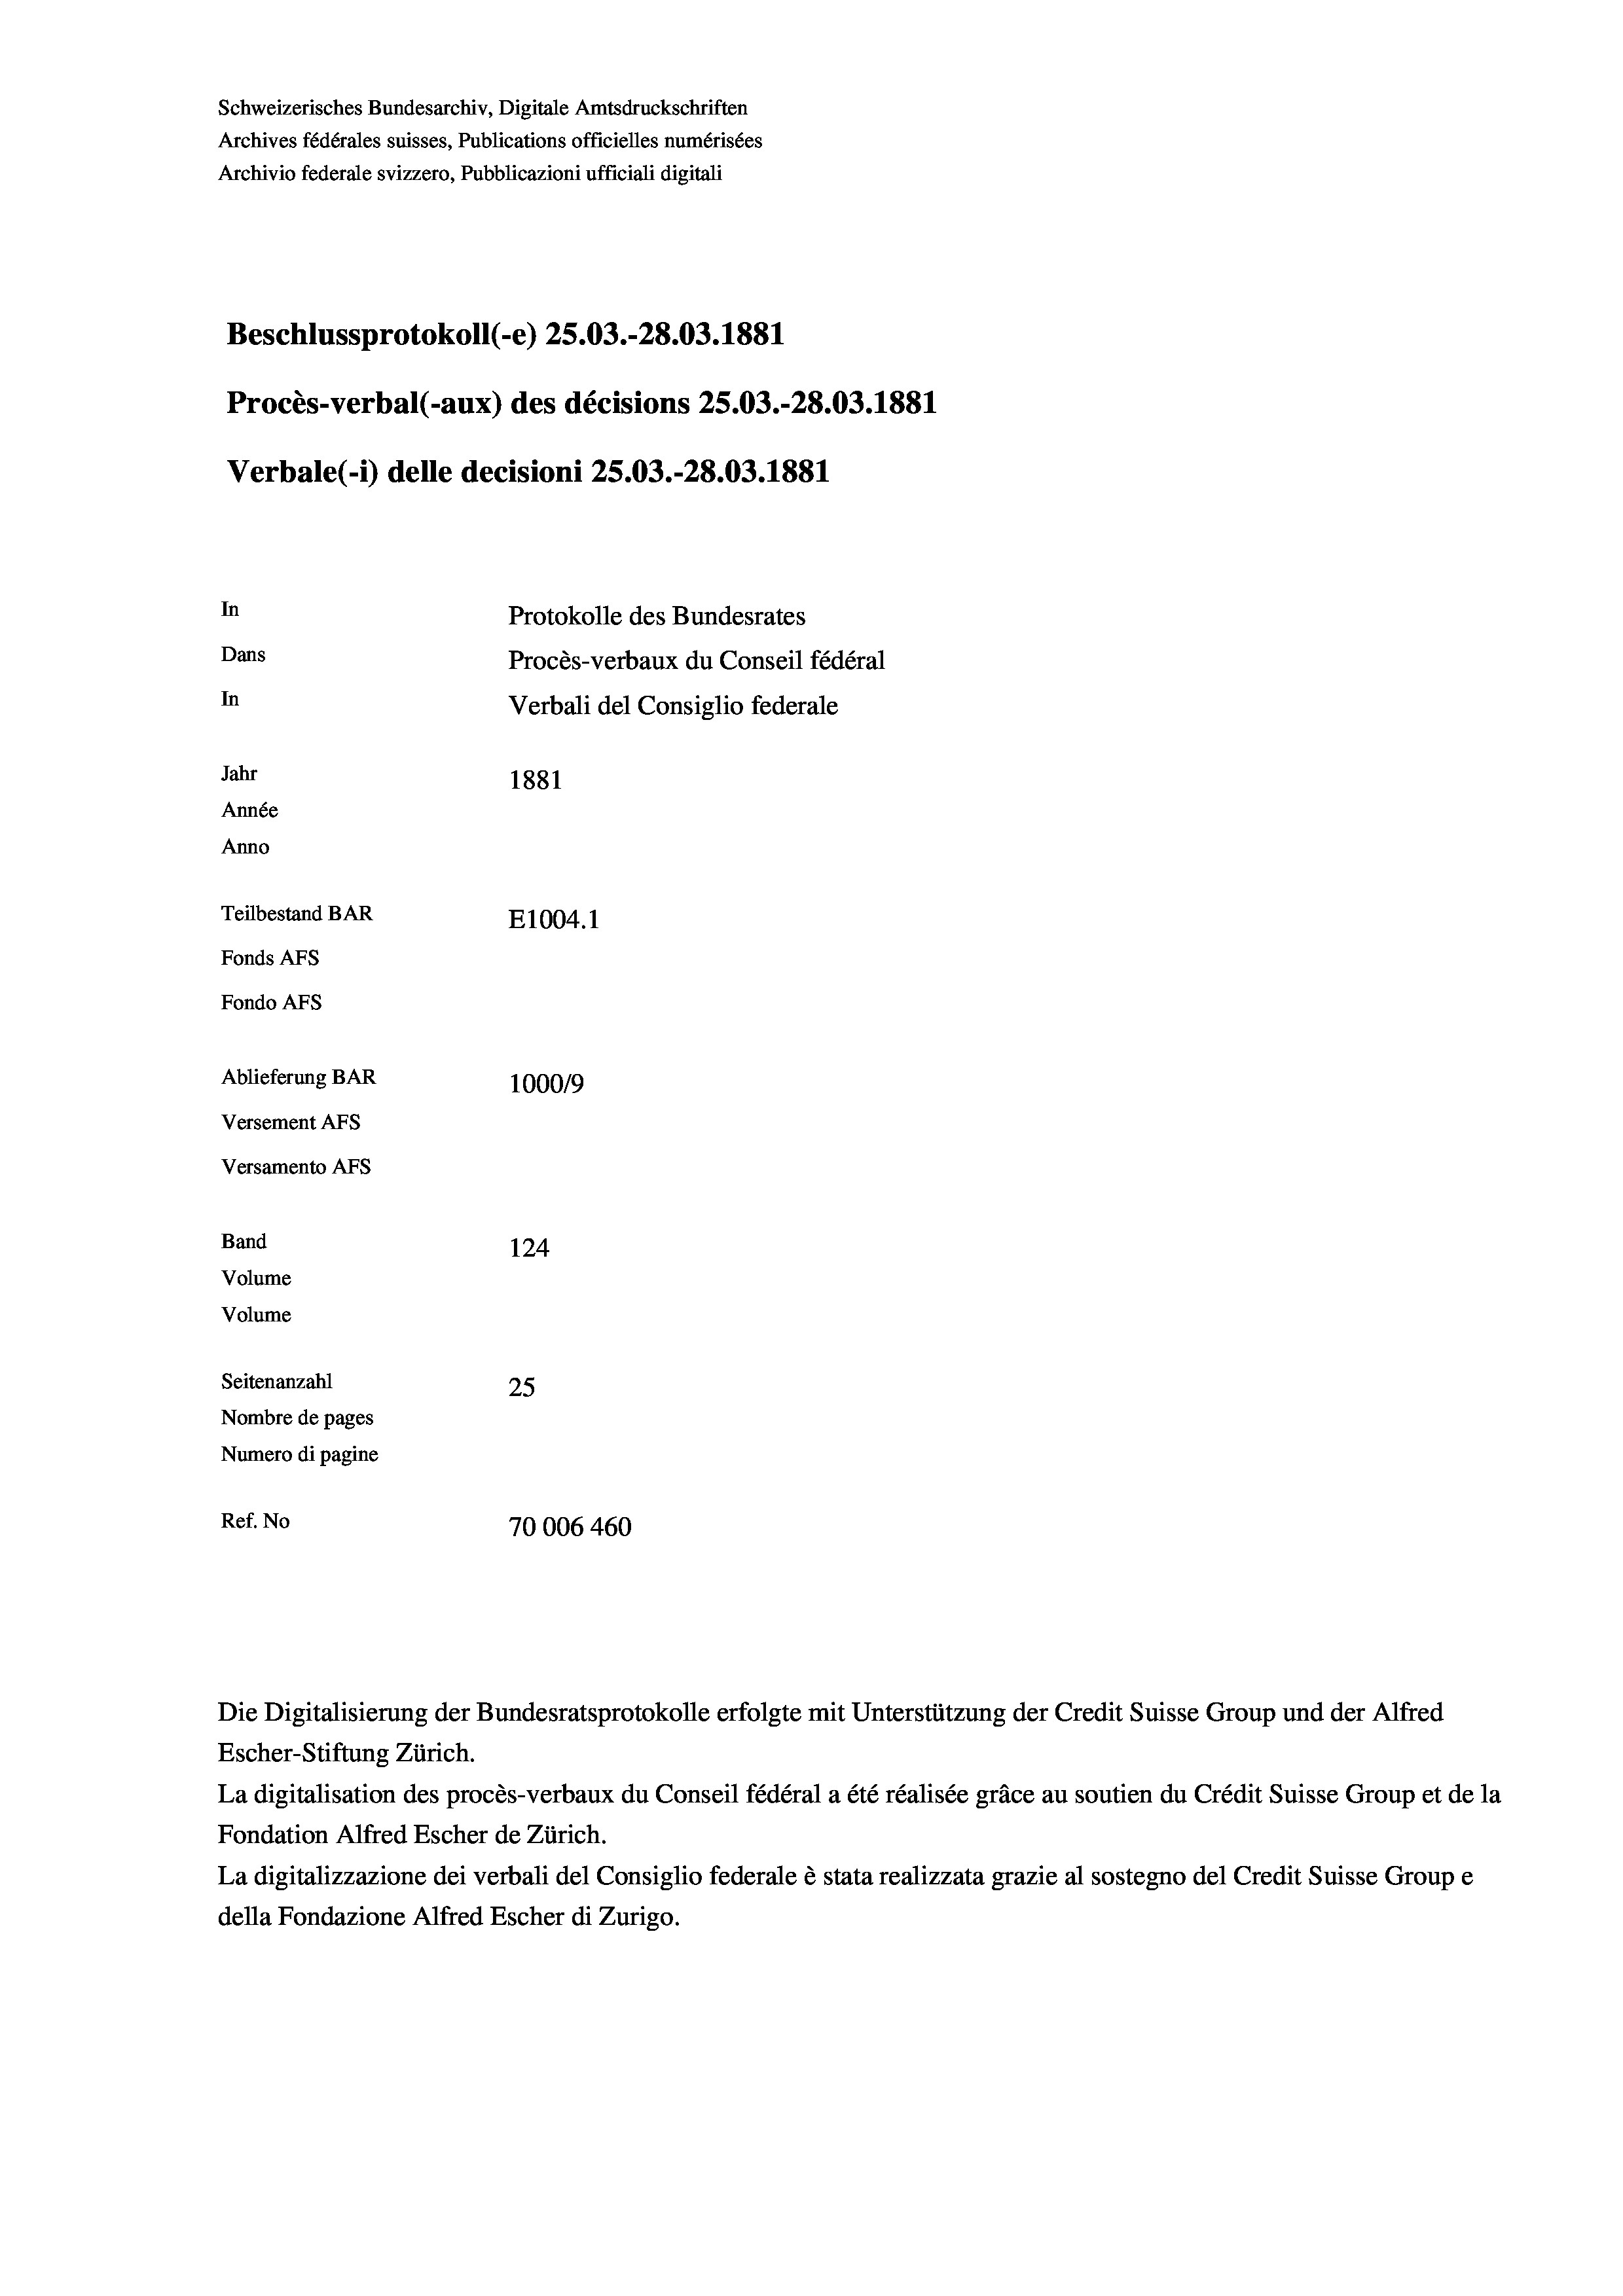
Schweizerisches Bundesarchiv, Digitale Amtsdruckschriften
Archives fédérales suisses, Publications officielles numérisées
Archivio federale svizzero, Pubblicazioni ufficiali digitali
Beschlussprotokoll (-e) 25.03.-28.03. 1881
Procès-verbal (-aux) des décisions 25.03.-28.03. 1881
Verbale (- 1) delle decisioni 25.03.-28.03. 1881
In
Protokolle des Bundesrates
Dans
Procès-verbaux du Conseil fédéral
In
Verbali del Consiglio federale
Jahr
1881
Année
Anno
Teilbestand BAR
E1004. 1
Fonds AFs
Fondo Afs
Ablieferung BAR
100019
Versement AFs
Versamento Afs
Band
124
Volume
Volume
Seitenanzahl
25
Nombre de pages
Numero di pagine
Ref. No
70006 460

Escher-Stiftung Zürich.
La digitalisation des procès-verbaux du Conseil fédéral a été réalisée gräce au soutien du Crédit Suisse Group et de la
Fondation Alfred Escher de Zürich.
La digitalizzazione dei verbali del Consiglio federale è stata realizzata grazie al sostegno del Credit Suisse Groupe
della Fondazione Alfred Escher di Zurigo.

Die Digitalisierung der Bundesratsprotokolle erfolgte mit Unterstützung der Credit Suisse Group und der Alfred